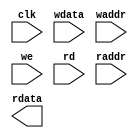
module intra_ram_2p_128x120 (
    				clk     ,
    				wdata   ,
    				waddr   ,
    				we      ,
    				rd      ,
    				raddr   ,
    				rdata  
);

// ********************************************
//                                             
//    Input/Output DECLARATION                    
//                                             
// ********************************************
input                clk   ; 
input [127:0]		 wdata ;
input [7:0]          waddr ;
input   	         we    ;
input    	         rd    ;
input [7:0]          raddr ;
output [127:0]   	 rdata ;

// ********************************************
//                                             
//    Logic DECLARATION                 
//                                             
// ********************************************
`ifdef RTL_MODEL
rf_2p #(.Addr_Width(7), .Word_Width(128))	
	   rf_2p_128x120 (
				.clka    ( clk       ),  
				.cena_i  ( ~rd       ),
		        .addra_i ( raddr[6:0]),
		        .dataa_o ( rdata     ),
				.clkb    ( clk       ),     
				.cenb_i  ( ~we       ),  
				.wenb_i  ( ~we       ),   
				.addrb_i ( waddr[6:0]),
				.datab_i ( wdata     )
);
`endif 

`ifdef FPGA_MODEL
ram_2p_128x120  u_ram_2p_128x120(
	.clock    (clk       ),
	.data     (wdata     ),
	.wraddress(waddr[6:0]),
	.wren     (we        ),
	.rdaddress(raddr[6:0]),
	.rden     (rd        ),
	.q        (rdata     )
);
`endif 

`ifdef SMIC13_MODEL

`endif 

endmodule